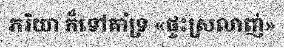
ភរិយា ក៏ទៅគាំទ្រ «ផ្ទះស្រលាញ់»